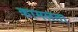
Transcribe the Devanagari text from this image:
कामलता